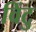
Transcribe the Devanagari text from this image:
विंटु